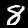
Digit: 8